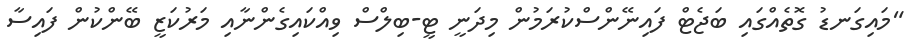
"މައިގަނޑު ގޮތެއްގައި ބަޖެޓް ފައިނޭންސްކުރަމުން މިދަނީ ޓީ-ބިލްސް ވިއްކައިގެންނާއި މަރުކަޒީ ބޭންކުން ފައިސާ